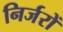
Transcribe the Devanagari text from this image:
निर्जरों